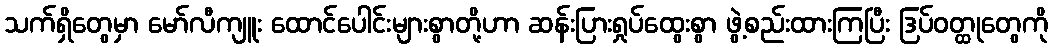
သက်ရှိတွေမှာ မော်လီကျူး ထောင်ပေါင်းများစွာတို့ဟာ ဆန်းပြားရှုပ်ထွေးစွာ ဖွဲ့စည်းထားကြပြီး ဒြပ်ဝတ္ထုတွေကို